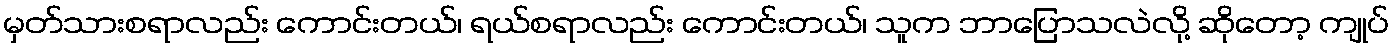
မှတ်သားစရာလည်း ကောင်းတယ်၊ ရယ်စရာလည်း ကောင်းတယ်၊ သူက ဘာပြောသလဲလို့ ဆိုတော့ ကျုပ်